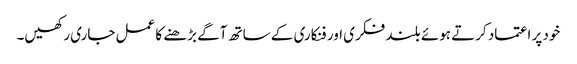
خود پر اعتماد کرتے ہوئے بلند فکری اور فنکاری کے ساتھ آگے بڑھنے کا عمل جاری رکھیں۔